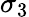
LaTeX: \sigma_{3}